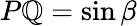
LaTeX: P\mathbb{Q}=\sin\beta